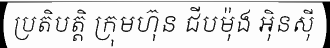
ប្រតិបត្តិ ក្រុមហ៊ុន ជីបម៉ុង អ៊ិនស៊ី